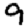
Digit: 9